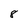
Character: 8